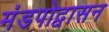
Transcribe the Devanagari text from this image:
मंडपोद्वासन